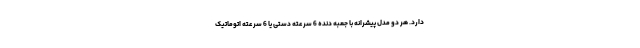
دارد. هر دو مدل پیشرانه با جعبه دنده 6 سرعته دستی یا 6 سرعته اتوماتیک